Annual administration report of the Civil Veterinary Department of India - 1896-1897
Year: 1896
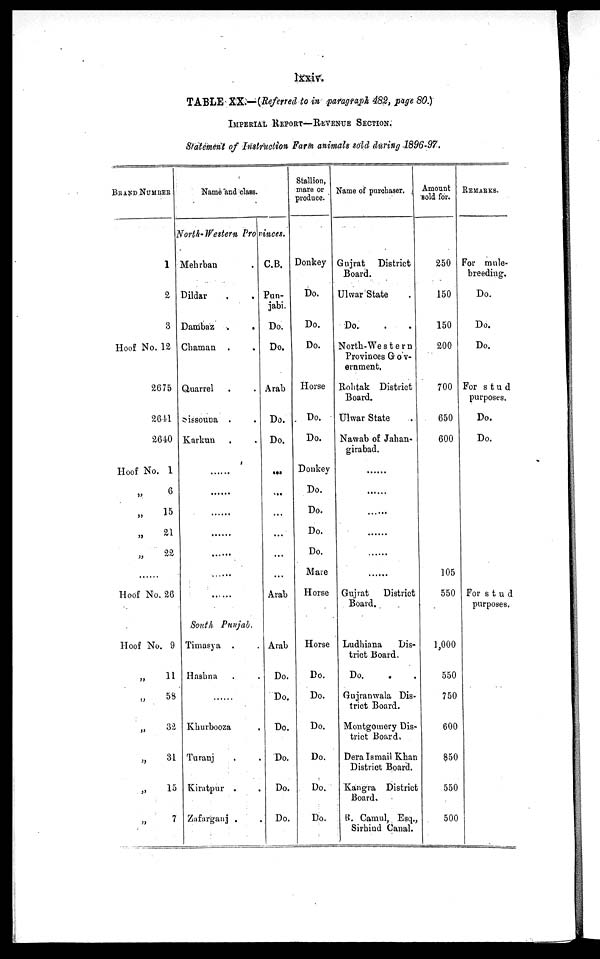
lxxiv.
TABLE XX.—(Referred to in paragraph 482, page 80.)
IMPERIAL REPORT—REVENUE SECTION.
Statement of Instruction Farm animals sold during 1896-97.
BRAND NUMBER
Name and class.
North-Western
Provinces.
1
2
3
Hoof No. 12
2675
2641
2640
Hoof No. 1
„ 6
„ 15
„
21
„
22
.......
Hoof No. 26
Hoof No. 9
„
11
„ 58
„ 31
„ 15
„ 7
Mehrban .
Dildar . .
Dambaz
.
.
Chaman . .
Quarrel . .
Sissouna . .
Karkun . .
......
......
......
......
......
......
......
South
Punjab.
Timasya . .
Hasbna . .
Khurbooza .
Turanj . .
Kiratpur . .
Zafarganj . .
C.B.
Pun-
jabi.
Do.
Do.
Arab
Do.
Do.
...
...
...
...
...
...
Arab
Arab
Do.
Do.
Do.
Do.
Do.
Do.
Stallion,
mare or
produce.
Donkey
Do.
Do.
Do.
Horse
Do.
Do.
Donkey
Do.
Do.
Do.
Do.
Mare
Horse
Horse
Do.
Do.
Do.
Do.
Do.
Do.
Name of purchaser.
Gujrat
District
Board.
Ulwar State .
Do. . .
North-Western
Provinces Gov-
ernment.
Rolitak District
Board.
Ulwar State .
Nawab of Jahan-
girabad.
......
......
......
......
......
......
Gujrat
District
Board.
Ludhiana
Dis-
trict Board.
Do.
Gujranwala Dis-
trict Board.
Montgomery Dis-
trict Board,
Dera Ismail Khan
District Board.
Kangra District
Board,
R. Camul, Esq.,
Sirbind Canal.
Amount
Bold for.
250
150
150
200
700
650
600
105
550
1,000
550
750
600
850
550
500
REMARKS.
For mule-
breeding.
Do.
Do.
Do.
For stud
purposes.
Do.
Do.
For stud
purposes.